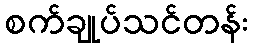
စက်ချုပ်သင်တန်း